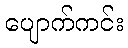
ပျောက်ကင်း